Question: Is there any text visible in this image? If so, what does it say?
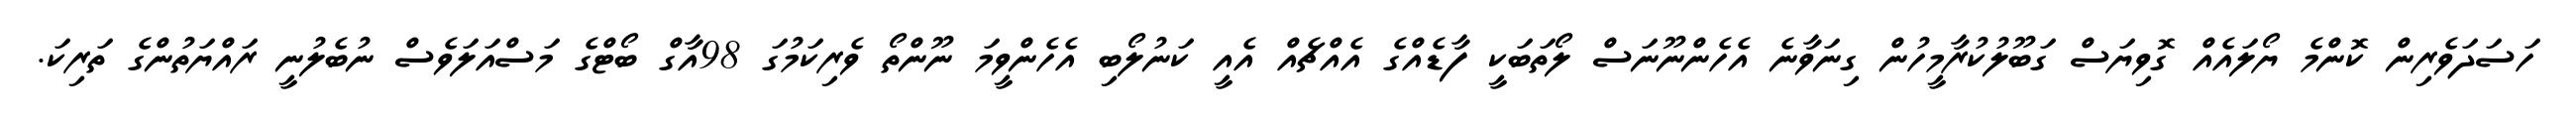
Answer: ހަސަދަވެރިން ކޮންމެ ޔޯލައެއް ގޮވިޔަސް ގަބޫލުކުރާމީހުން ގިނަވާނެ އެހެންނޫނަސް ލޯތަބަކީ ފާޑެއްގެ އެއްޗެއް އެއީ ކަނުލޯބި އެހެންވީމަ ނޫންތޯ ވެރިކަމުގަ 98އާގް ބޯޓްގެ މަސްއަލަވެސް ނުބެލުނީ ރައްޔަތުންގެ ތަރިކަ.